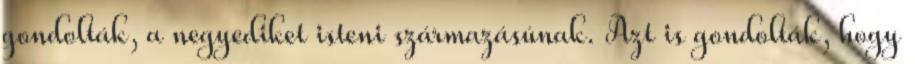
gondolták, a negyediket isteni származásúnak. Azt is gondolták, hogy